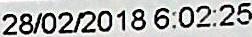
28/02/2018 6:02:25